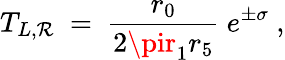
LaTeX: T_{L,\mathcal{R}}~=~\frac{{r_{0}}}{{2\pir_{1}r_{5}}}~e^{\pm\sigma}~,